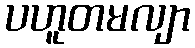
ပဟူတမလျာ